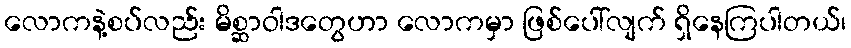
လောကနဲ့စပ်လည်း မိစ္ဆာဝါဒတွေဟာ လောကမှာ ဖြစ်ပေါ်လျက် ရှိနေကြပါတယ်၊